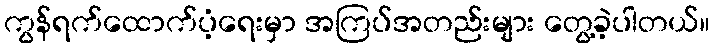
ကွန်ရက်ထောက်ပံ့ရေးမှာ အကြပ်အတည်းများ တွေ့ခဲ့ပါတယ်။